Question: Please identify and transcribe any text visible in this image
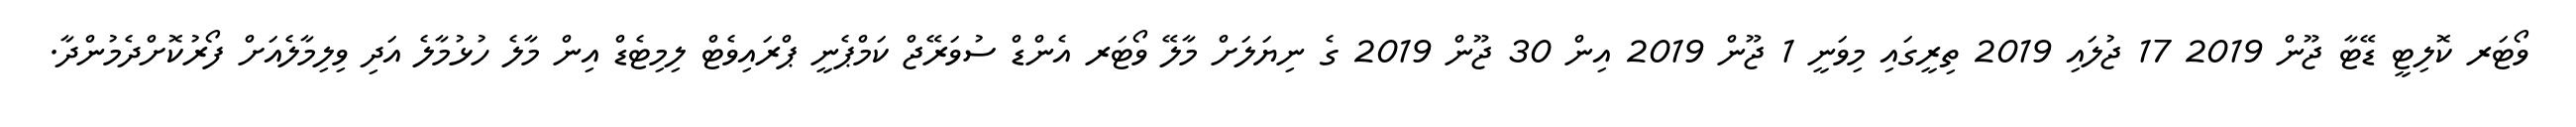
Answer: ވޯޓަރ ކޮލިޓީ ޑޭޓާ ޖޫން 2019 17 ޖުލައި 2019 ތިރީގައި މިވަނީ 1 ޖޫން 2019 އިން 30 ޖޫން 2019 ގެ ނިޔަލަށް މާލޭ ވޯޓަރ އެންޑް ސުވަރޭޖް ކަމްޕެނީ ޕްރައިވެޓް ލިމިޓެޑް އިން މާލެ ހުޅުމާލެ އަދި ވިލިމާލެއަށް ފޯރުކޮށްދެމުންދާ.